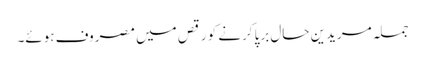
جملہ مریدین حال برپا کرنے کو رقص میں مصروف ہوئے۔